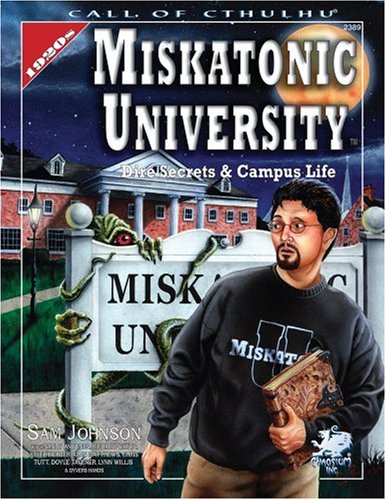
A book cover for Miskatonic University: A Sourcebook (Call of Cthulhu Horror Roleplaying); Sam Johnson; Science Fiction & Fantasy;